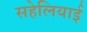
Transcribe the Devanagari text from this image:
सहेलियाई